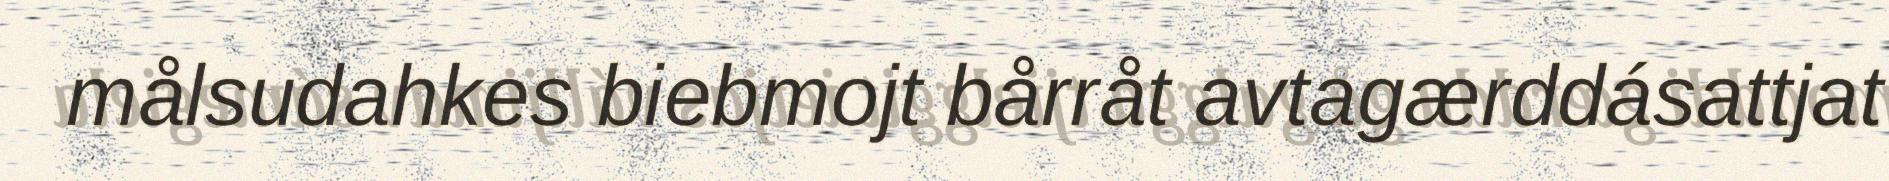
målsudahkes biebmojt bårråt avtagærddásattjat